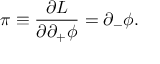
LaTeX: \pi \equiv { \frac { \partial { \cal L } } { \partial \partial _ { + } \phi } } = \partial _ { - } \phi .